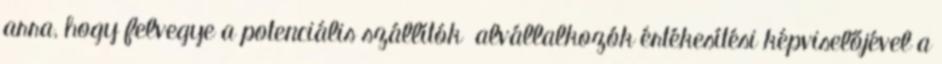
arra, hogy felvegye a potenciális szállítók alvállalkozók értékesítési képviselőjével a